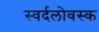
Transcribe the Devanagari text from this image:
स्वर्दलोवस्क